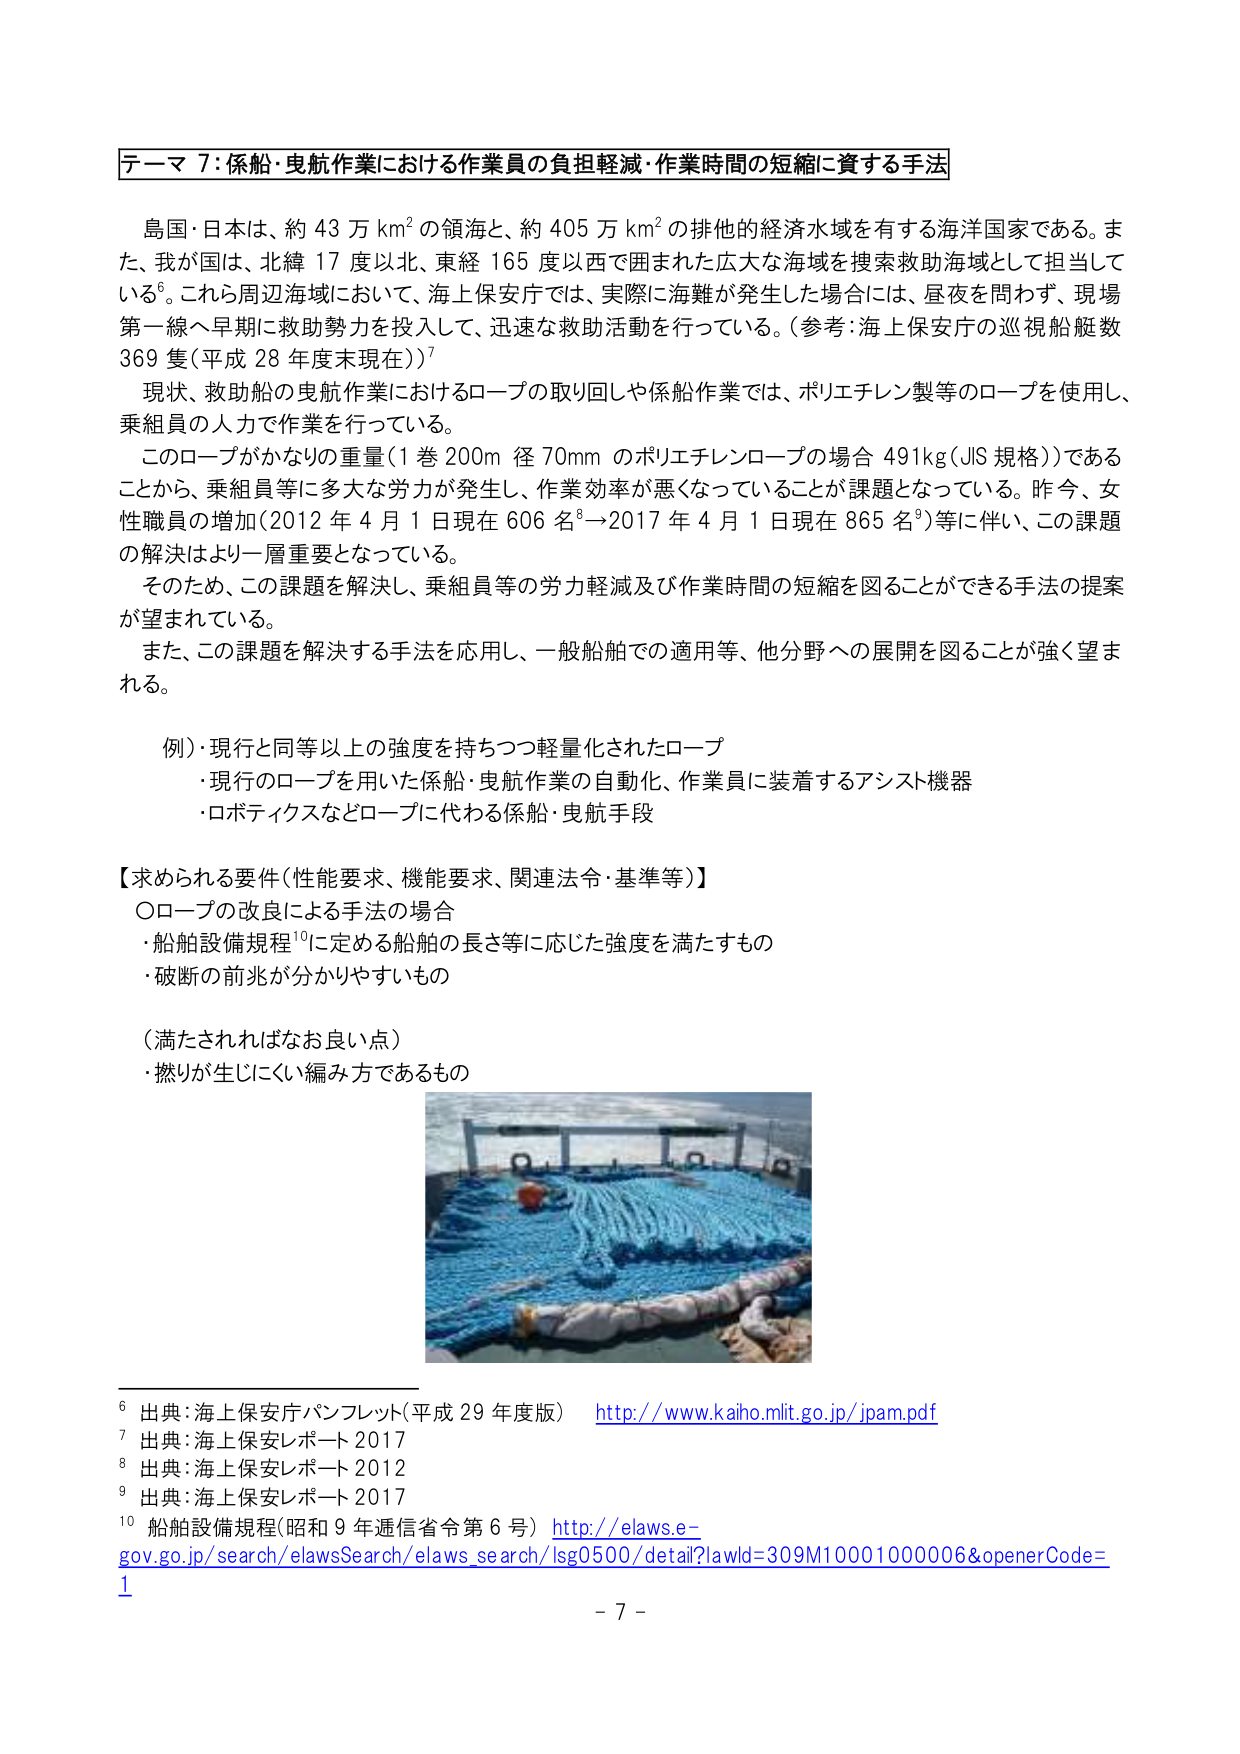
テーマ７：係船・曳航作業における作業員の負担軽減・作業時間の短縮に資する手法

島国・日本は、約 43 万 km² の領海と、約 405 万 km² の排他的経済水域を有する海洋国家である。また、我が国は、北緯 17 度以北、東経 165 度以西で囲まれた広大な海域を捜索救助海域として担当している⁶。これら周辺海域において、海上保安庁では、実際に海難が発生した場合には、昼夜を問わず、現場第一線へ早期に救助勢力を投入して、迅速な救助活動を行っている。（参考：海上保安庁の巡視船艇数 369 隻（平成 28 年度末現在））⁷

現状、救助船の曳航作業におけるロープの取り回しや係船作業では、ポリエチレン製等のロープを使用し、乗組員の人力で作業を行っている。

このロープがかなりの重量（1 巻 200m 径 70mm のポリエチレンロープの場合 491kg（JIS 規格））であることから、乗組員等に多大な労力が発生し、作業効率が悪くなっていることが課題となっている。昨今、女性職員の増加（2012 年 4 月 1 日現在 606 名⁸→2017 年 4 月 1 日現在 865 名⁹）等に伴い、この課題の解決はより一層重要となっている。

そのため、この課題を解決し、乗組員等の労力軽減及び作業時間の短縮を図ることができる手法の提案が望まれている。

また、この課題を解決する手法を応用し、一般船舶での適用等、他分野への展開を図ることが強く望まれる。

例）現行と同等以上の強度を持ちつつ軽量化されたロープ
・現行のロープを用いた係船・曳航作業の自動化、作業員に装着するアシスト機器
・ロボティクスなどロープに代わる係船・曳航手段

【求められる要件（性能要求、機能要求、関連法令・基準等）】
〇ロープの改良による手法の場合
・船舶設備規程¹⁰に定める船舶の長さ等に応じた強度を満たすもの
・破断の前兆が分かりやすいもの

（満たされればなお良い点）
・擦りが生じにくい編み方であるもの

⁶ 出典：海上保安庁パンフレット（平成 29 年度版） http://www.kaiho.mlit.go.jp/jpam.pdf
⁷ 出典：海上保安レポート 2017
⁸ 出典：海上保安レポート 2012
⁹ 出典：海上保安レポート 2017
¹⁰ 船舶設備規程（昭和 9 年逓信省令第 6 号） http://elaws.e-
gov.go.jp/search/elawsSearch/elaws_search/lsg0500/detail?lawId=309M10001000006&openerCode=
1

- 7 -